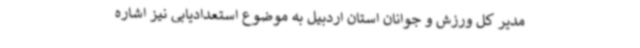
مدیر کل ورزش و جوانان استان اردبیل به موضوع استعدادیابی نیز اشاره